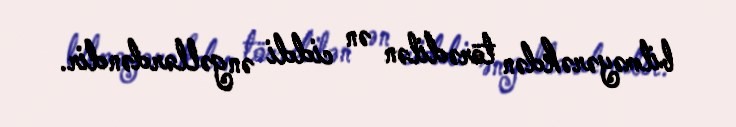
bilməyərəkdən törədilən ən ciddi əngəllərdəndir.